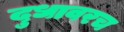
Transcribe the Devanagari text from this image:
दुधावरच